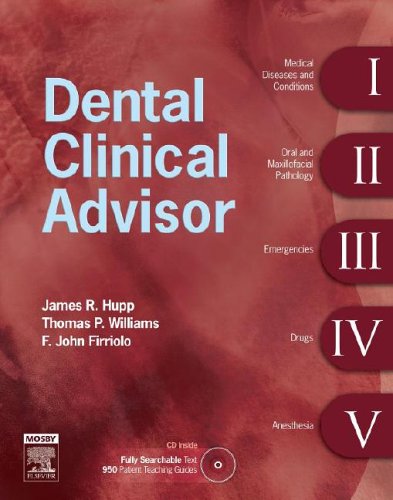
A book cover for Dental Clinical Advisor, 1e; James R. Hupp DMD  MD  JD  MBA; Medical Books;